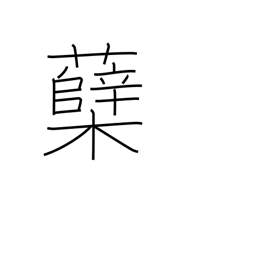
Meaning: sprout